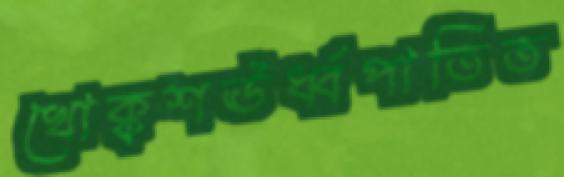
খোক্কশঊর্ধ্বপাতিত